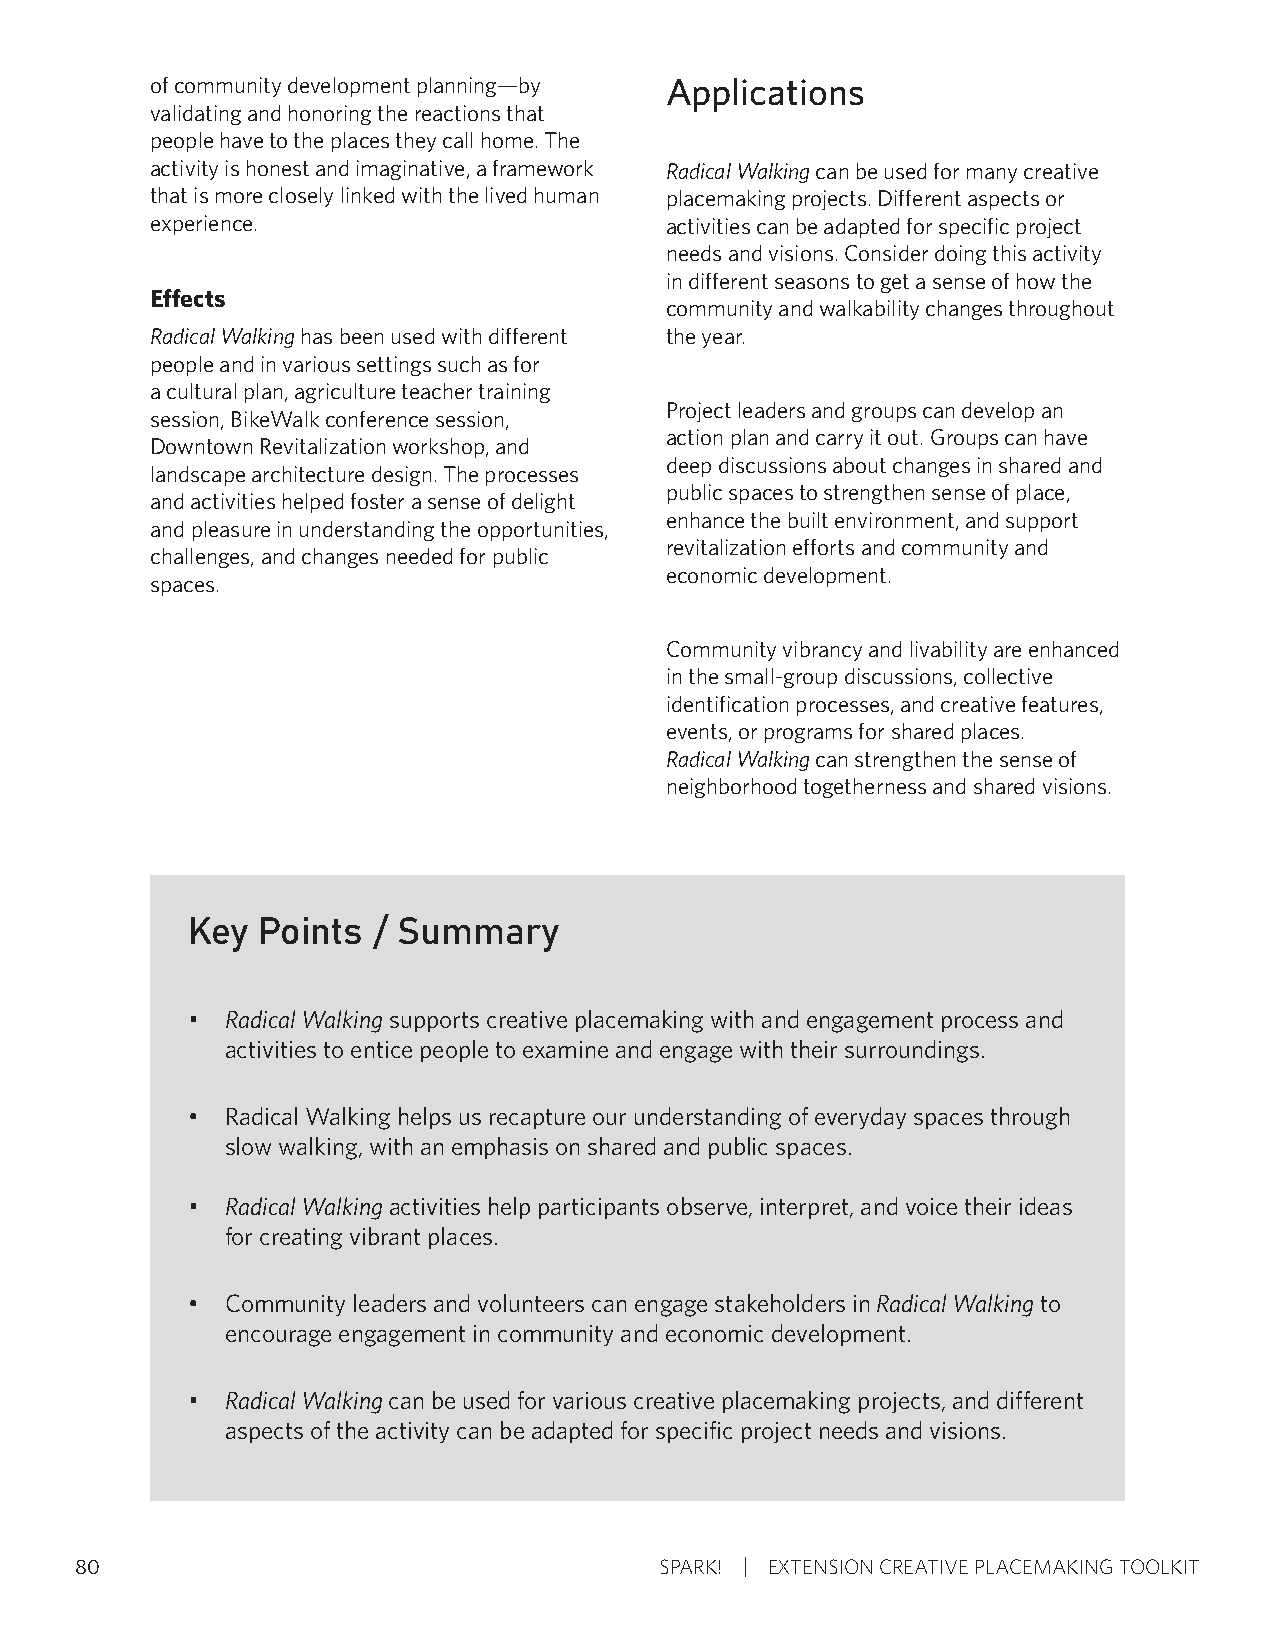
of community development planning—by Applications
 validating and honoring the reactions that
 people have to the places they call home. The
 activity is honest and imaginative, a framework Radical Walking can be used for many creative
 that is more closely linked with the lived human placemaking projects. Different aspects or
 experience.                       activities can be adapted for specific project
 needs and visions. Consider doing this activity
 in different seasons to get a sense of how the
 Effects
 community and walkability changes throughout
 Radical Walking has been used with different the year.
 people and in various settings such as for
 a cultural plan, agriculture teacher training
 Project leaders and groups can develop an
 session, BikeWalk conference session,
 action plan and carry it out. Groups can have
 Downtown Revitalization workshop, and
 deep discussions about changes in shared and
 landscape architecture design. The processes
 public spaces to strengthen sense of place,
 and activities helped foster a sense of delight
 enhance the built environment, and support
 and pleasure in understanding the opportunities,
 revitalization efforts and community and
 challenges, and changes needed for public
 economic development.
 spaces.
 Community vibrancy and livability are enhanced
 in the small-group discussions, collective
 identification processes, and creative features,
 events, or programs for shared places.
 Radical Walking can strengthen the sense of
 neighborhood togetherness and shared visions.
 Key  Points  / Summary
 •  Radical Walking supports creative placemaking with and engagement process and
 activities to entice people to examine and engage with their surroundings.
 •  Radical Walking helps us recapture our understanding of everyday spaces through
 slow walking, with an emphasis on shared and public spaces.
 •  Radical Walking activities help participants observe, interpret, and voice their ideas
 for creating vibrant places.
 •  Community leaders and volunteers can engage stakeholders in Radical Walking to
 encourage engagement in community and economic development.
 •  Radical Walking can be used for various creative placemaking projects, and different
 aspects of the activity can be adapted for specific project needs and visions.
 80                                     SPARK! EXTENSION CREATIVE PLACEMAKING TOOLKIT